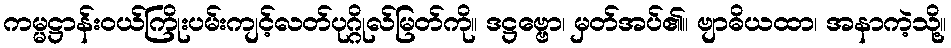
ကမ္မဋ္ဌာန်းဝယ်ကြိုးပမ်းကျင့်လတ်ပုဂ္ဂိုလ်မြတ်ကို။ ဒဋ္ဌဗ္ဗော၊ မှတ်အပ်၏။ ဗျာဓိယထာ၊ အနာကဲ့သို့။